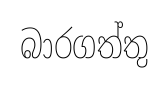
බාරගත්තු